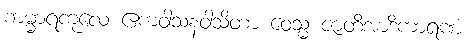
ကမ္မာရကုလေ ဧကဝါသနဝါသိတာ ဝေသ္မံ ဇာတိအာဒိကာရဏံ